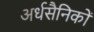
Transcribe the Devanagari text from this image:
अर्धसैनिकों